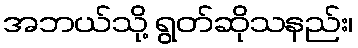
အဘယ်သို့ ရွတ်ဆိုသနည်း၊